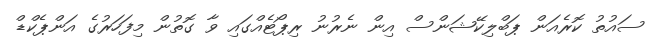
ސައުތު ކޮރެއަން ޕަބްލިކޭޝަންސް އިން ނެރުނު ރިޕޯޓެއްގައި ވާ ގޮތުން މިފަހަރުގެ އަންޕެކްޑް